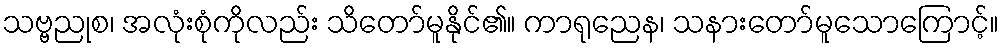
သဗ္ဗညုစ၊ အလုံးစုံကိုလည်း သိတော်မူနိုင်၏။ ကာရုညေန၊ သနားတော်မူသောကြောင့်။